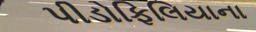
પીડોફિલિયાના